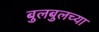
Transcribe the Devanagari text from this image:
बुलबुलच्या